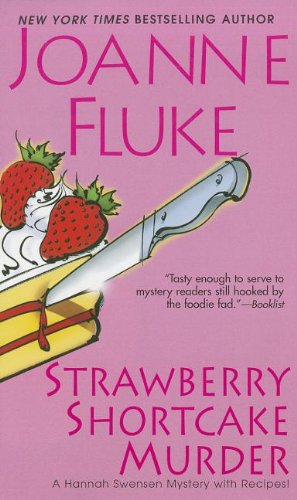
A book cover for Strawberry Shortcake Murder: A Hannah Swensen Mystery; Joanne Fluke; Mystery, Thriller & Suspense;